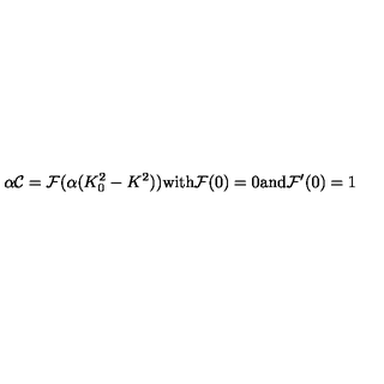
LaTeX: \alpha { \cal C } = { \cal F } ( \alpha ( K _ { 0 } ^ { 2 } - K ^ { 2 } ) ) \mathrm { w i t h } { \cal F } ( 0 ) = 0 \mathrm { a n d } { \cal F } ^ { \prime } ( 0 ) = 1